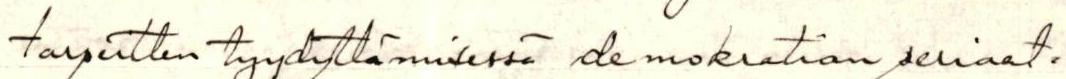
tarpeitten tyydyttämisessä demokratian periaat=